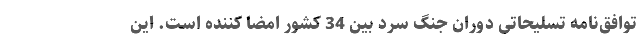
توافق‌نامه تسلیحاتی دوران جنگ سرد بین 34 کشور امضا کننده است. این